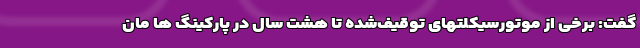
گفت: برخی از موتورسیکلتهای توقیف‌شده تا هشت سال در پارکینگ ها مان